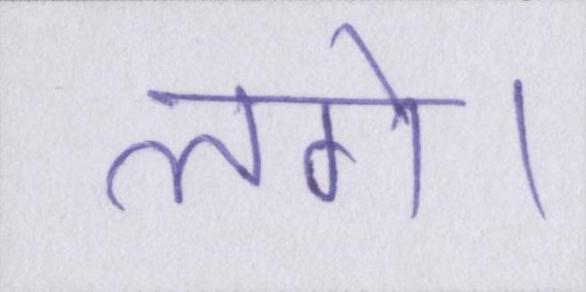
लगे।